Insane asylums in Bengal annual reports 1876-1887 - 1876-1887
Year: 1876
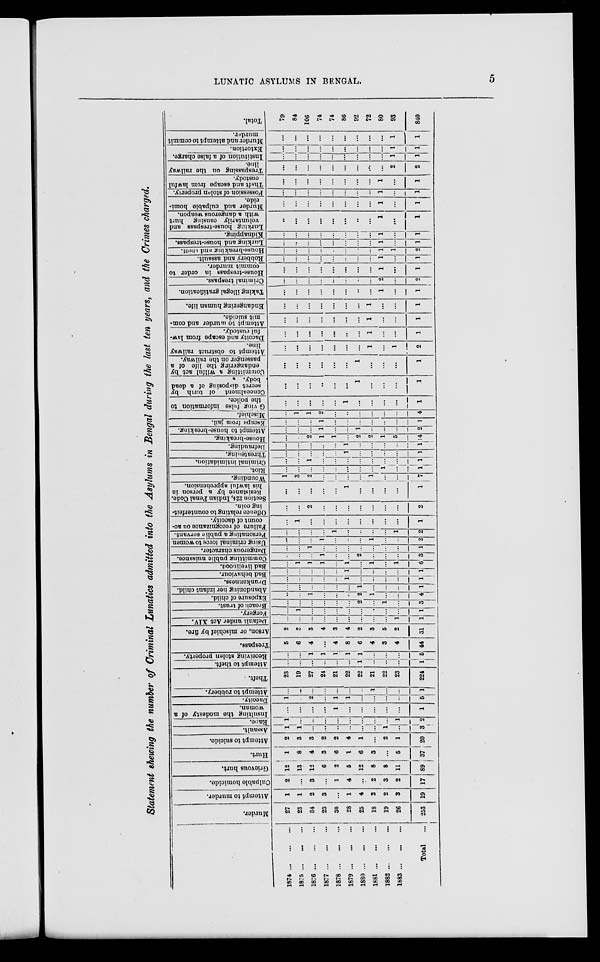
LUNATIC ASYLUMS IN BENGAL.
5
Statement showing the number of Criminal Lunatics admitted into the Asylums in Bengal during the last ten years, and the Crimes charged.
1874
...
...
...
1875
...
...
...
1876
...
...
...
1877
...
...
...
1878
...
...
...
1879
...
...
...
1880
...
...
...
1881
...
...
...
1882
...
...
...
1883
...
...
...
Total ...
Murder.
27
23
34
23
30
28
25
18
19
26
253
Attempt to murder.
1
1
2
3
...
1
4
2
2
3
19
Culpable homicide.
2
...
3
...
1
4
..
2
3
2
17
Grievous hurt.
12
13
12
6
2
5
12
8
8
11
89
Hurt.
1
8
4
3
6
1
6
3
...
5
37
Attempt to suicide.
2
3
3
2
2
4
1
...
2
1
20
Assault.
1
1
...
...
...
...
...
...
1
...
3
Rape.
1
...
...
...
...
...
...
...
...
1
2
Insulting the modesty of a
woman.
...
...
...
...
1
...
...
...
...
...
1
Dacoity.
1
...
2
...
1
1
...
...
...
...
5
Attempt to robbery.
...
...
...
...
...
...
...
1
...
...
1
Theft.
23
19
27
24
21
22
22
21
22
23
224
Attempt to theft.
...
...
...
...
...
...
1
...
...
...
1
Receiving stolen property.
...
...
1
1
1
1
1
...
...
...
5
Trespass.
5
6
4
...
4
8
6
4
3
4
44
Arson, or mischief by fire.
2
3
3
4
3
4
2
3
5
2
31
Default under Act XIV.
...
...
...
...
...
...
...
...
...
1
1
Forgery.
...
1
...
...
...
...
...
...
...
...
1
Breach of trust.
...
...
...
...
...
...
2
...
1
...
3
Exposure of child.
...
...
1
...
...
...
2
1
...
...
4
Abandoning her infant child.
...
...
...
...
...
...
1
...
...
...
1
Drunkenness.
...
...
...
...
...
1
...
...
...
...
1
Bad behaviour.
...
...
...
...
...
1
...
...
...
...
1
Bad livelihood.
...
1
1
1
...
1
...
1
...
1
6
Committing public nuisance.
...
...
...
1
...
...
2
...
...
...
3
Dangerous character.
...
...
1
...
...
...
...
...
...
...
1
Using criminal force to women
...
...
...
1
...
...
...
1
...
...
2
Personating a public servant.
...
...
...
...
1
...
...
...
...
1
2
Failure of recognizance on ac-
count of dacoity.
...
1
...
...
...
...
...
...
...
...
1
Offence relating to counterfeit-
ing coin.
...
...
2
...
...
...
...
...
...
...
2
Section 224, Indian Penal Code.
Resistance by a person in
his lawful apprehension.
...
...
...
...
...
1
...
...
...
...
1
Wounding.
1
3
2
...
...
...
...
1
...
...
7
Riot.
...
...
...
...
...
...
...
...
1
...
1
Criminal intimidation.
...
...
1
...
...
...
...
...
...
...
1
Threatening.
...
...
...
...
...
1
...
...
...
...
1
Defrauding.
...
...
...
...
...
1
...
...
...
...
1
House-breaking.
...
...
2
1
1
...
2
2
1
5
14
Attempt to house-breaking.
...
...
...
1
...
...
1
...
...
...
2
Escape from jail.
...
...
...
1
...
...
...
...
...
...
1
Mischief.
...
1
1
2
...
...
...
...
...
...
4
Giving false information to
the police.
...
...
...
...
...
1
...
...
...
...
1
Concealment of birth by
secret disposing of a dead
body.
...
...
...
...
...
...
1
...
...
...
1
Committing a wilful act by
endangering the life of a
passenger on the railway.
...
...
...
...
...
...
1
...
...
...
1
Attempt to obstruct railway
line.
...
...
...
...
...
...
...
1
...
1
2
Dacoity and escape from law-
ful custody.
...
...
...
...
...
...
...
1
...
...
1
Attempt to murder and com-
mit suicide.
...
...
...
...
...
...
...
1
...
...
1
Endangering human life.
...
...
...
...
...
...
...
1
...
...
1
Taking illegal gratification.
...
...
...
...
...
...
...
...
1
...
1
Criminal trespass.
...
...
...
...
...
...
...
...
2
...
2
House-trespass in order to
commit murder.
...
...
...
...
...
...
...
...
1
...
1
Robbery and assault.
...
...
...
...
...
...
...
...
1
...
1
House-breaking and theft.
...
...
...
...
...
...
...
...
1
1
2
Lurking and house-trespass.
...
...
...
...
...
...
...
...
1
...
1
Kidnapping.
...
...
...
...
...
...
...
...
1
...
1
Lurking house-trespass and
voluntarily causing hurt
with a dangerous weapon.
...
...
...
...
...
...
...
...
1
...
1
Murder and culpable homi-
cide.
...
...
...
...
...
...
...
...
1
...
1
Possession of stolen property.
...
...
...
...
...
...
...
...
1
...
1
Theft and escape from lawful
custody.
...
...
...
...
...
...
...
...
1
...
1
Trespassing on the railway
line.
...
...
...
...
...
...
...
...
...
2
2
Institution of a false charge.
...
...
...
...
...
...
...
...
...
1
1
Extortion.
...
...
...
...
...
...
...
...
...
1
1
Murder and attempt to commit
murder.
...
...
...
...
...
...
...
...
...
1
1
Total.
79
84
106
74
74
86
92
72
80
93
840